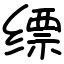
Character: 缥